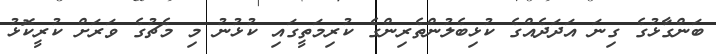
ބަންގާޅުގެ ގިނަ އަދަދެއްގެ ކުޅިބެލުންތެރިންގެ ކުރިމަތީގައި ކުޅުނު މި މެޗުގެ ވަރަށް ކުރީކޮޅު